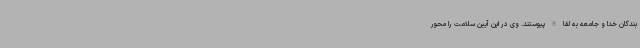
بندگان خدا و جامعه به لقا الله پیوستند. وی در این آیین سلامت را محور